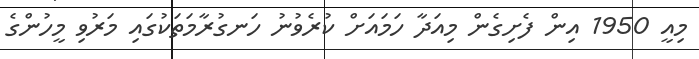
މިއީ 1950 އިން ފެށިގެން މިއަދާ ހަމައަށް ކުރެވުނު ހަނގުރާމަތަކުގައި މަރުވި މީހުންގެ